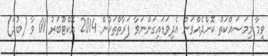
ވީމާ މިމަސައްކަތް ކޮށްދެއްވަން އެދިވަޑައިގަންނަވާ ފަރާތްތަކުން 2014 އޮކްޓޫބަރު 01 ވާ (ބުދަ)